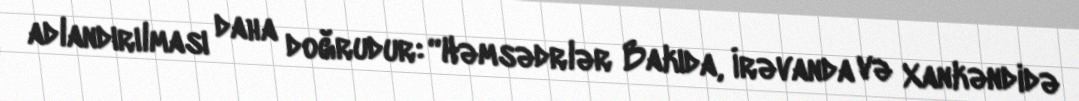
adlandırılması daha doğrudur: “Həmsədrlər Bakıda, İrəvanda və Xankəndidə